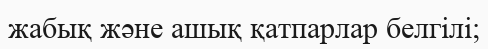
жабық және ашық қатпарлар белгілі;